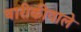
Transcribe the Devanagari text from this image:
बारीकीवाले